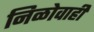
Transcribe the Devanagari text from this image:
निळोवाही